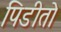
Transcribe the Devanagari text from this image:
पिडीतो